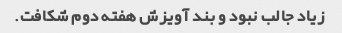
زیاد جالب نبود و بند آویزش هفته دوم شکافت.